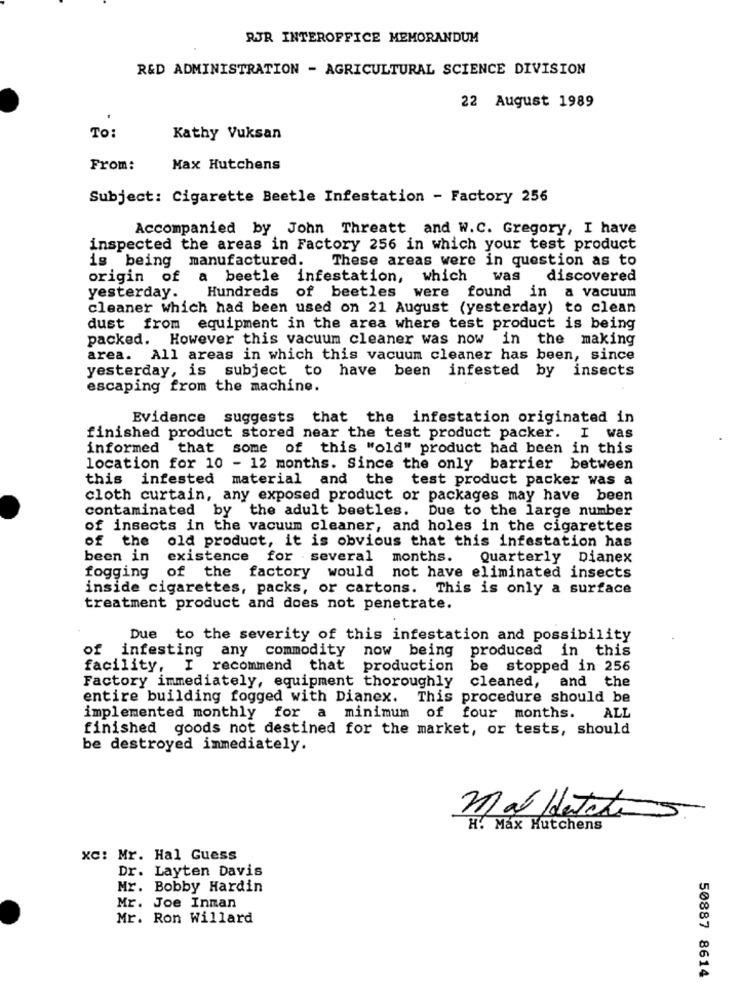
RJR INTEROFFICE MEMORANDUM
R&D ADMINISTRATION - AGRICULTURAL SCIENCE DIVISION
22 August 1989
To:
Kathy Vuksan
From:
Max Hutchens
Subject: Cigarette Beetle Infestation - Factory 256
Accompanied by John Threatt and W.C. Gregory, I have
inspected the areas in Factory 256 in which your test product
is being manufactured.
These areas were in question as to
origin of a beetle infestation, which
was
discovered
yesterday. Hundreds of beetles were found in
a vacuum
cleaner which had been used on 21 August (yesterday) to clean
dust from equipment in the area where test product is being
packed. However this vacuum cleaner was now in the making
area. All areas in which this vacuum cleaner has been, since
yesterday, is subject to have been infested by insects
escaping from the machine.
Evidence suggests that the infestation originated in
finished product stored near the test product packer. I was
informed that some of this "old" product had been in this
location for 10 - 12 months. Since the only barrier between
this infested material and the test product packer was a
cloth curtain, any exposed product or packages may have been
contaminated by the adult beetles. Due to the large number
of insects in the vacuum cleaner, and holes in the cigarettes
of the old product, it is obvious that this infestation has
been in
existence for several months.
Quarterly Dianex
fogging of the factory would not have eliminated insects
inside cigarettes, packs, or cartons. This is only a surface
treatment product and does not penetrate.
Due to the severity of this infestation and possibility
of infesting any commodity now being produced in this
facility, I recommend that production be stopped in 256
Factory immediately, equipment thoroughly cleaned, and the
entire building fogged with Dianex. This procedure should be
ALL
implemented monthly for a minimum of four months.
finished goods not destined for the market, or tests, should
be destroyed immediately.
mal Hatch
H. Max Hutchens
xc: Mr. Hal Guess
Dr. Layten Davis
Mr. Bobby Hardin
Mr. Joe Inman
Mr. Ron Willard
50887 8614